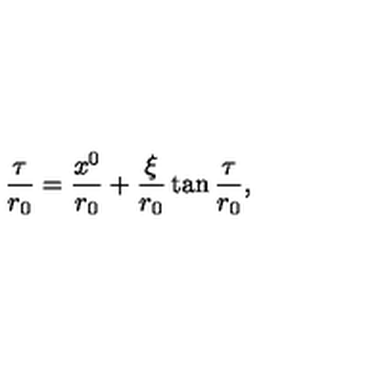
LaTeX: \frac { \tau } { r _ { 0 } } = \frac { x ^ { 0 } } { r _ { 0 } } + \frac { \xi } { r _ { 0 } } \tan { \frac { \tau } { r _ { 0 } } } ,